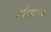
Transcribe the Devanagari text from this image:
अर्थव्यंजकता